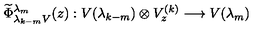
\widetilde \Phi _ { \lambda _ { k - m } V } ^ { \lambda _ { m } } ( z ) : V ( \lambda _ { k - m } ) \otimes V _ { z } ^ { ( k ) } \longrightarrow V ( \lambda _ { m } )